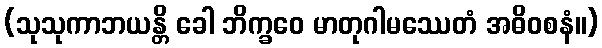
(သုသုကာဘယန္တိ ခေါ ဘိက္ခဝေ မာတုဂါမဿေတံ အဓိဝစနံ။)